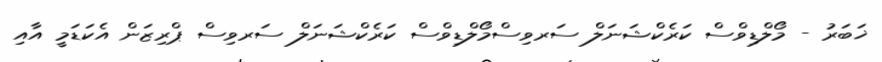
ޚަބަރު - މޯލްޑިވްސް ކަރެކްޝަނަލް ސަރވިސްމޯލްޑިވްސް ކަރެކްޝަނަލް ސަރވިސް ޕްރިޒަން އެކަޑަމީ އާއި